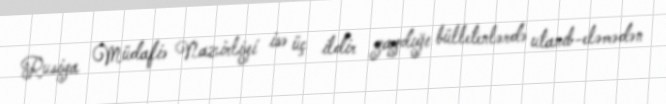
Rusiya Müdafiə Nazirliyi isə üç ildir yaydığı bülletenlərdə utanıb-eləmədən